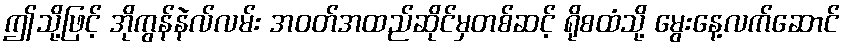
ဤသို့ဖြင့် အိုကွန်နဲလ်လမ်း အဝတ်အထည်ဆိုင်မှတစ်ဆင့် ရိုစထံသို့ မွေးနေ့လက်ဆောင်